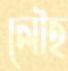
লৌহ